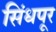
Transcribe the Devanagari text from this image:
सिंधपूर